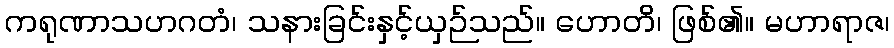
ကရုဏာသဟဂတံ၊ သနားခြင်းနှင့်ယှဉ်သည်။ ဟောတိ၊ ဖြစ်၏။ မဟာရာဇ၊